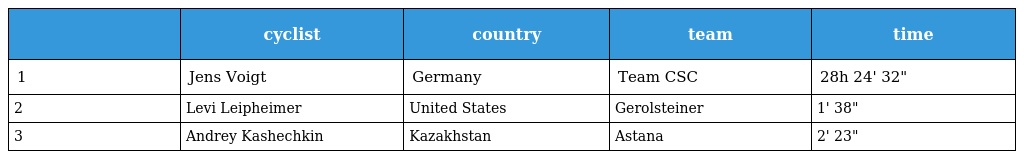
|  | cyclist | country | team | time |
 | --- | --- | --- | --- | --- |
 | 1 | Jens Voigt | Germany | Team CSC | 28h 24' 32" |
 | 2 | Levi Leipheimer | United States | Gerolsteiner | 1' 38" |
 | 3 | Andrey Kashechkin | Kazakhstan | Astana | 2' 23" |